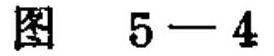
图 \(5 - 4\)